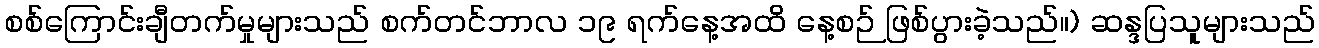
စစ်ကြောင်းချီတက်မှုများသည် စက်တင်ဘာလ ၁၉ ရက်နေ့အထိ နေ့စဉ် ဖြစ်ပွားခဲ့သည်။) ဆန္ဒပြသူများသည်